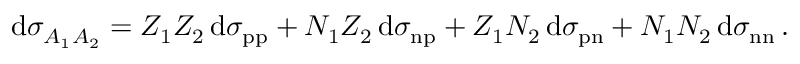
\mathrm { d } \sigma _ { A _ { 1 } A _ { 2 } } = { Z _ { 1 } } { Z _ { 2 } } \, \mathrm { d } \sigma _ { \mathrm { p p } } + { N _ { 1 } } { Z _ { 2 } } \, \mathrm { d } \sigma _ { \mathrm { n p } } + { Z _ { 1 } } { N _ { 2 } } \, \mathrm { d } \sigma _ { \mathrm { p n } } + { N _ { 1 } } { N _ { 2 } } \, \mathrm { d } \sigma _ { \mathrm { n n } } \, .